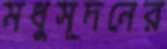
মধুসূদনের